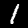
Label: 1